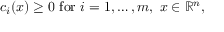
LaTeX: c _ { i } ( x ) \geq 0 ~ { \mathrm { f o r } } ~ i = 1 , \ldots , m , ~ x \in \mathbb { R } ^ { n } ,